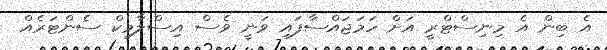
އެ ބިން އެ މިނިސްޓްރީ އަށް ހަމަޖައްސާފައި ވަނީ ވެސް އިސްލާމިކް ސެންޓަރެއް